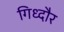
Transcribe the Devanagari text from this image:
गिध्दौर